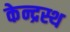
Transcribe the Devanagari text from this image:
केन्द्रस्थ